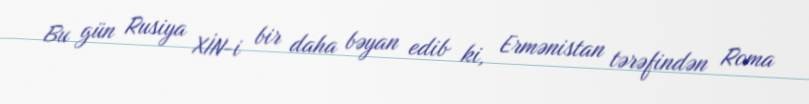
Bu gün Rusiya XİN-i bir daha bəyan edib ki, Ermənistan tərəfindən Roma